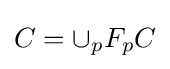
C=\cup _{p}F_{p}C